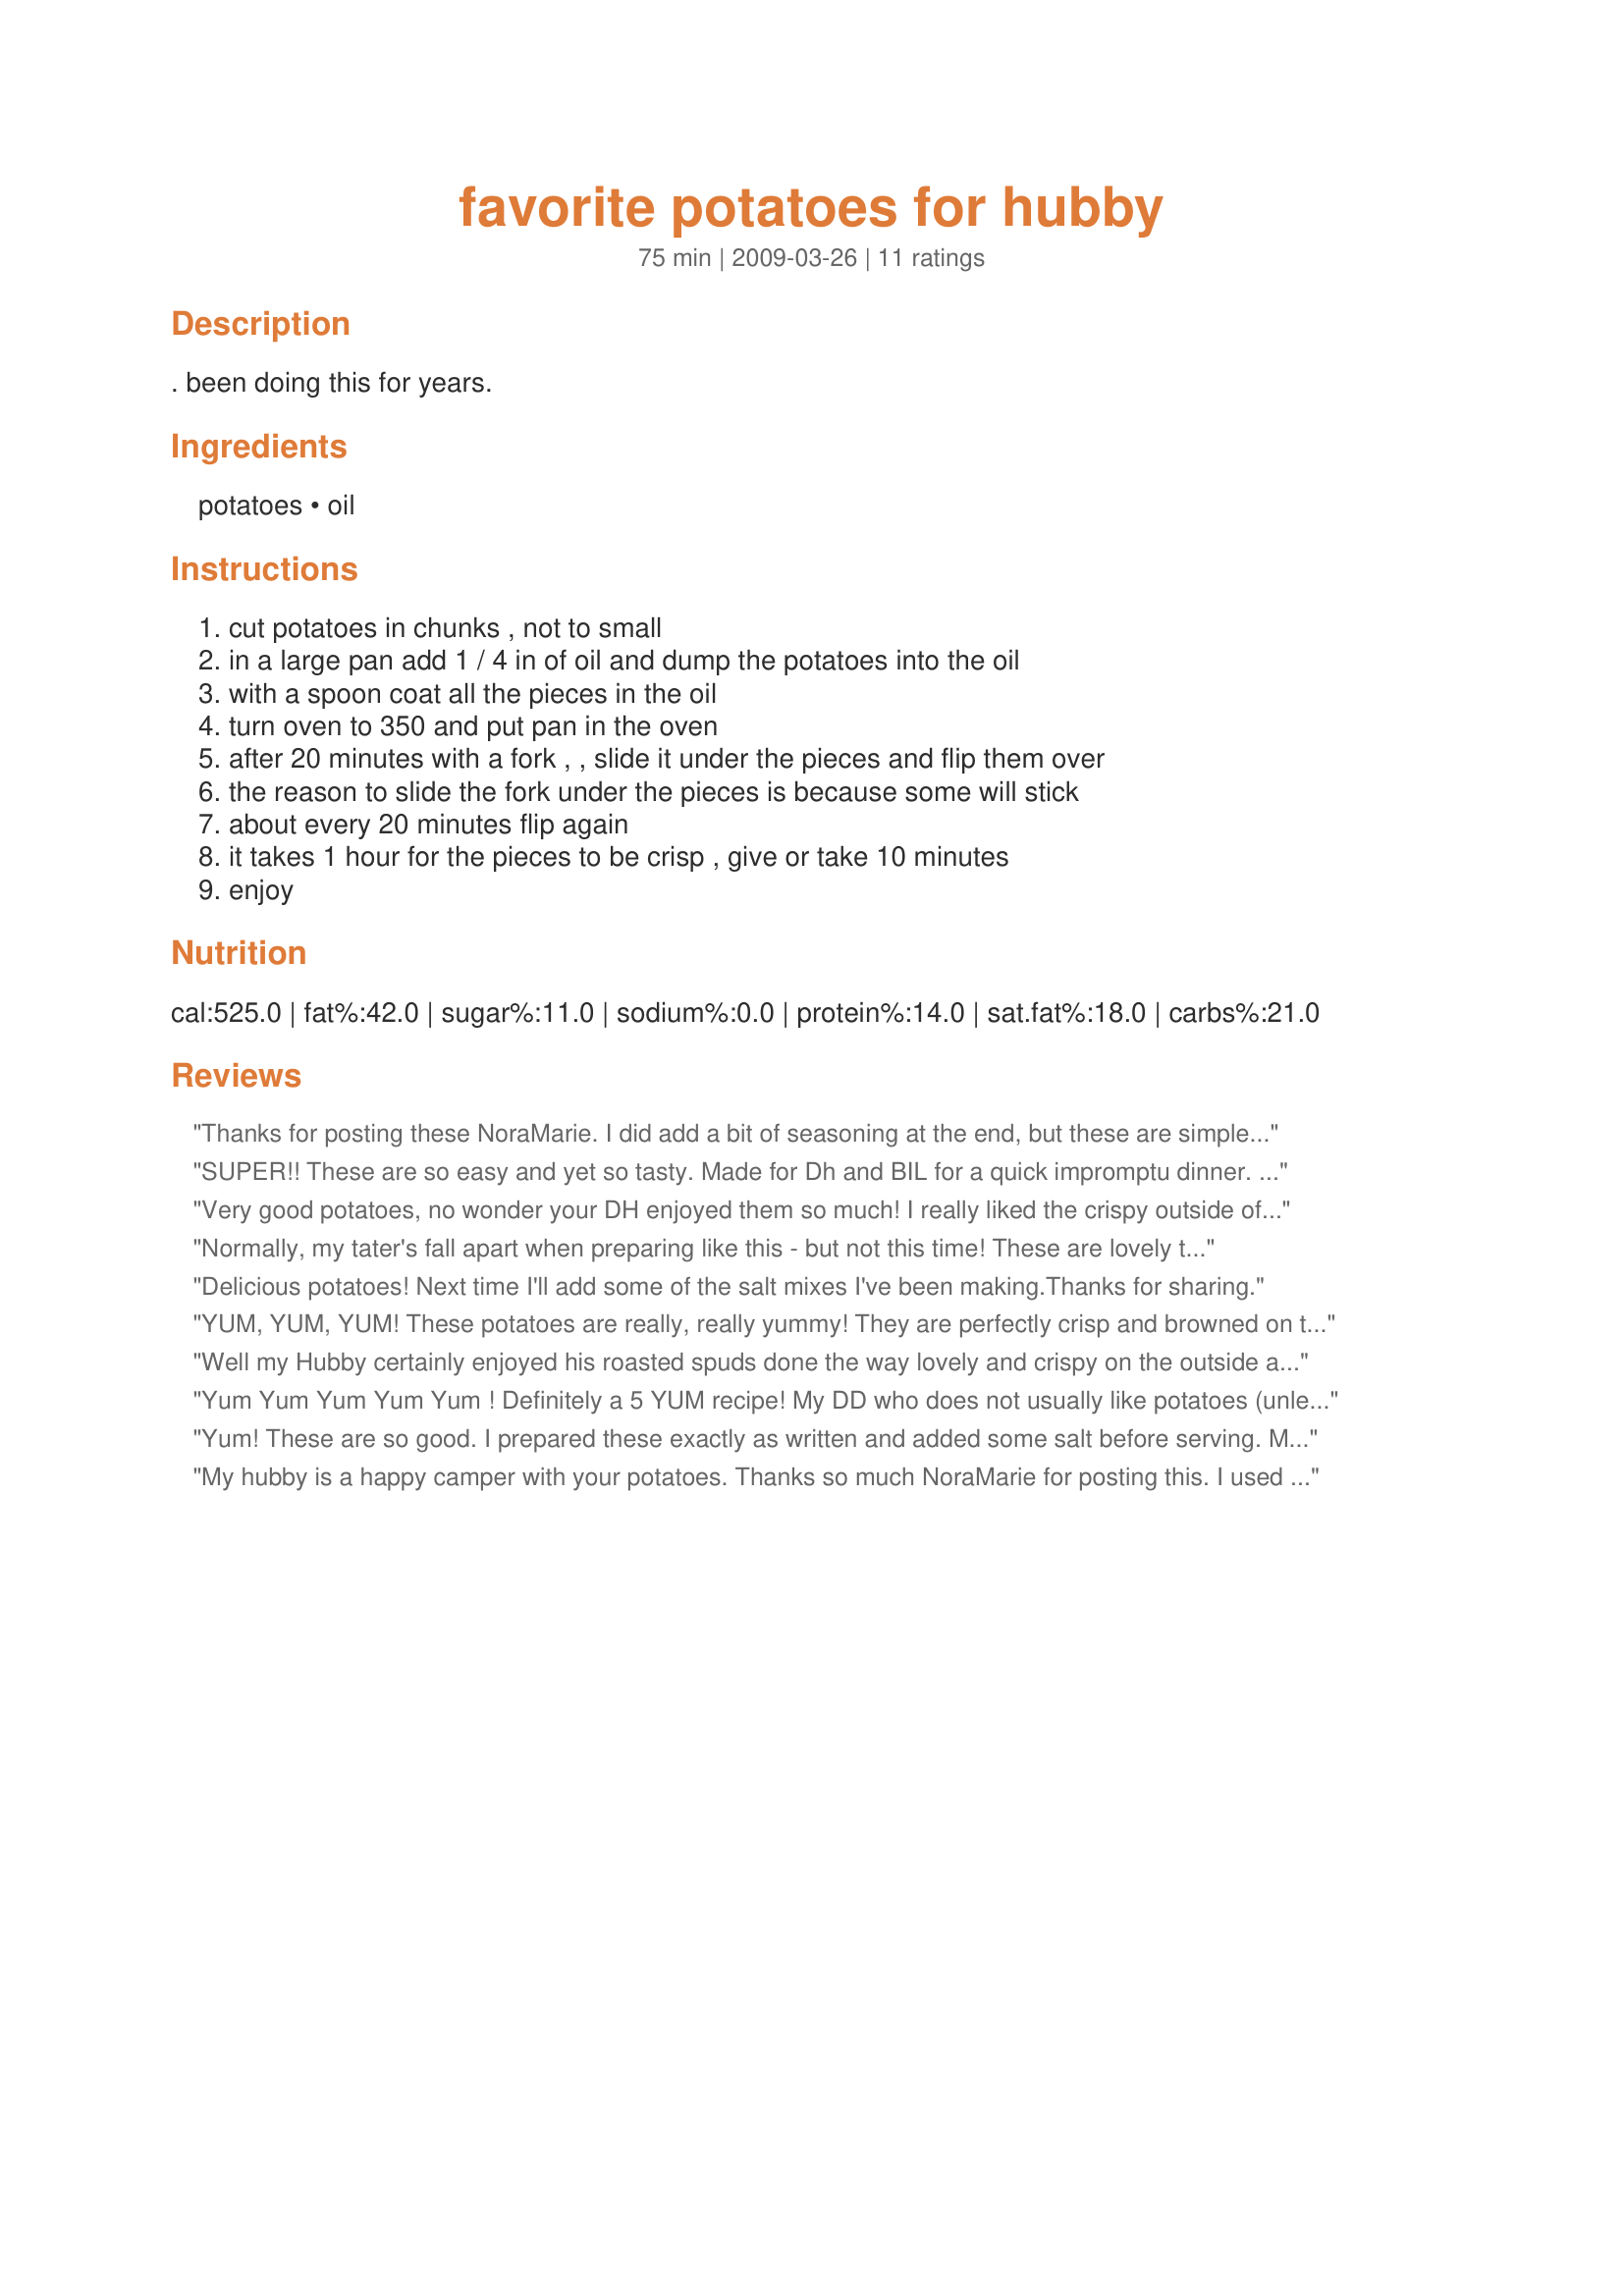
favorite potatoes for hubby
Preparation time: 75 minutes

. been doing this for years.

Ingredients:
potatoes, oil

Steps:
cut potatoes in chunks , not to small, in a large pan add 1 / 4 in of oil and dump the potatoes into the oil, with a spoon coat all the pieces in the oil, turn oven to 350 and put pan in the oven, after 20 minutes with a fork , , slide it under the pieces and flip them over, the reason to slide the fork under the pieces is because some will stick, about every 20 minutes flip again, it takes 1 hour for the pieces to be crisp , give or take 10 minutes, enjoy

Reviews:
Thanks for posting these NoraMarie. I did add a bit of seasoning at the end, but these are simple to make and deliciously crispy, with a minimal amount of work involved. That makes these 10 stars in my book!
SUPER!! These are so easy and yet so tasty. Made for Dh and BIL for a quick impromptu dinner. Tjey inhaled them. Neither Dh or BIL are big tater eaters but they ate these. I did add some seasonings, basil, oregano, and a smidge of no-salt at then end to kick up a notch. Thumbs up! Made for BevyTag 5 ingredients or less.
Very good potatoes, no wonder your DH enjoyed them so much! I really liked the crispy outside of the potato chunks, sprinkled them with 'dragon salt' mix I had made. Yummy!
Normally, my tater's fall apart when preparing like this - but not this time! These are lovely tidbits of joy - right in your mouth! Followed exactly - and added some seasoning salt at the end. Perfect weeknight addition or all by itself with some nice ketchup. Thanks for posting!
Delicious potatoes! Next time I'll add some of the salt mixes I've been making.Thanks for sharing.
YUM, YUM, YUM! These potatoes are really, really yummy! They are perfectly crisp and browned on the outside with a lovely soft centre. I thought they might be bland due to the lack of seasoning, but they were just perfect with a little salt added after roasting. Mmmm!
I checked on them after 40 minutes and they were done, so I took them out. Also I used a little less oil than stated.
THANKS SO MUCH for sharing this superb, easy and tasty recipe with us, Nora! It will surely be made again!
Made and reviewed for Everyday Is A Holiday Holiday Cup 11/18/09.
Well my Hubby certainly enjoyed his roasted spuds done the way lovely and crispy on the outside and fluffy and soft on the inside could you ask for better. Baked at 200C regular convention oven turning using a egg slice every 20 mintes. Thank you NoraMarie, made for Every Day A Holiday.
Yum Yum Yum Yum Yum ! Definitely a 5 YUM recipe! My DD who does not usually like potatoes (unless they are sweet potatoes) gobbled these down. I used red potatoes and left the skin on them. They were so perfectly browned & crisp on the outside and so perfectly soft and tasty on the inside. I did reduce the amount of oil and just put in enough to cover the bottom of my pan. Tagged this recipe in I Recommend game based on I'mPat's reviews. So glad I did!
Yum! These are so good. I prepared these exactly as written and added some salt before serving. Made for Every Day is a Holiday Tag.
My hubby is a happy camper with your potatoes. Thanks so much NoraMarie for posting this. I used baking potatoes, so they were fluffy inside and crispy outside. I've never been able to get these right for some reason, but that was then. :)
Wow! These are wonderful! Such a unique way to roast potatoes, with such mouth-watering results! The outside gets crusty and the inside just melts in your mouth. Followed the recipe exactly; the only thing I added was salt. Thanks again for sharing this treasure!
